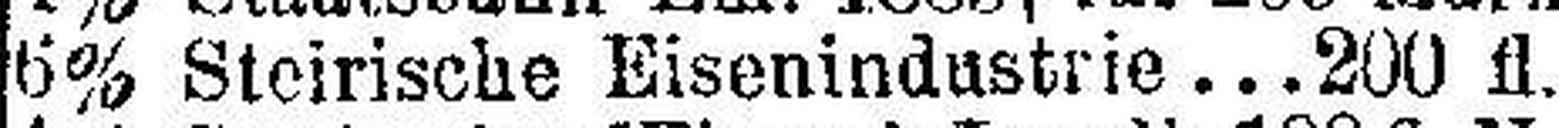
6% Steirische Eisenindustrie 200 fl.